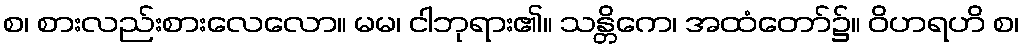
စ၊ စားလည်းစားလေလော။ မမ၊ ငါဘုရား၏။ သန္တိကေ၊ အထံတော်၌။ ဝိဟရဟိ စ၊